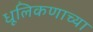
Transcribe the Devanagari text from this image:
धूलिकणाच्या